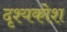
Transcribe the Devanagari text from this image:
दृश्यकोश